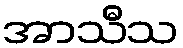
အာသီသ